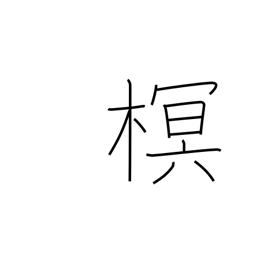
Meaning: type of tree